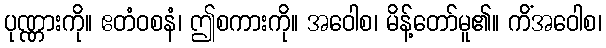
ပုဏ္ဏားကို။ ဧတံဝစနံ၊ ဤစကားကို။ အဝေါစ၊ မိန့်တော်မူ၏။ ကိံအဝေါစ၊